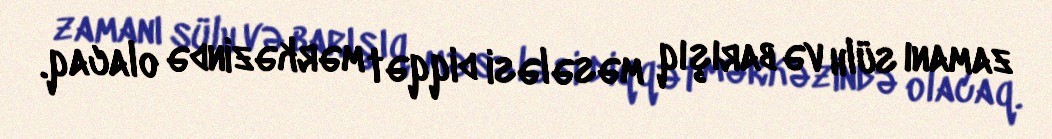
zamanı sülh və barışıq məsələsi diqqət mərkəzində olacaq.